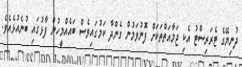
ދުނިޔޭގެ ޓެރަރިސްޓު އެކި ޖަމާއަތްތަކަށް ފޮނުވަމުން ގެންދާ ކަމުގައިވެސް ބައެއްމީހުން ފާޅުގައި ބުނެއުޅެއެވެ.